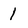
Character: 1